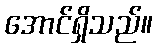
အောင်ရှိသည်။